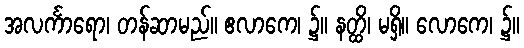
အလင်္ကာရော၊ တန်ဆာမည်။ ဧလာကေ၊ ၌။ နတ္ထိ၊ မရှိ။ လောကေ၊ ၌။